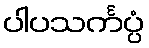
ပါပသင်္ကပ္ပံ